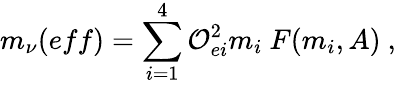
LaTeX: m_{\nu}(eff)=\sum_{i=1}^{4}{\cal O}_{ei}^{2}m_{i}~F(m_{i},A)\ ,